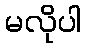
မလိုပါ